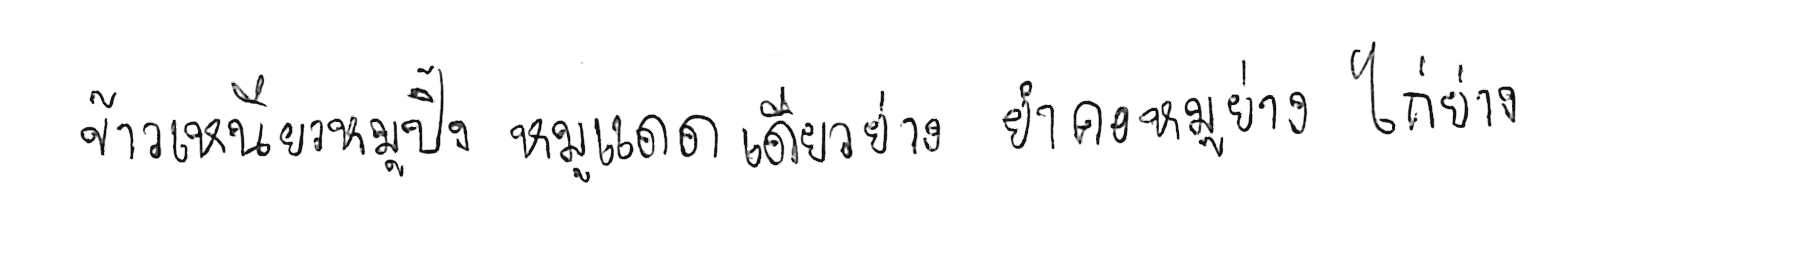
ข้าวเหนียวหมูปิ้ง หมูแดดเดียวย่าง ยำคอหมูย่าง ไก่ย่าง